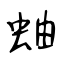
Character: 蚰